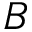
B